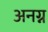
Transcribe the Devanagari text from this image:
अनग्न